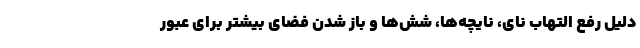
دلیل رفع التهاب نای، نایچه‌ها، شش‌ها و باز شدن فضای بیشتر برای عبور